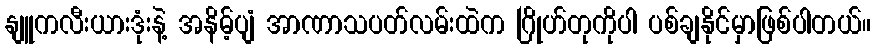
နျူကလီးယားဒုံးနဲ့ အနိမ့်ပျံ အာဏာသပတ်လမ်းထဲက ဂြိုဟ်တုကိုပါ ပစ်ချနိုင်မှာဖြစ်ပါတယ်။